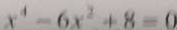
x ^ { 4 } - 6 x ^ { 2 } + 8 = 0